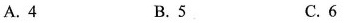
A.4 B.5 C.6